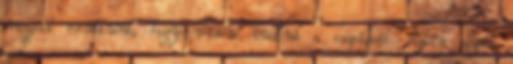
mozgott örültünk, hogy védeni tudtuk a csapásait. Aztán egyik